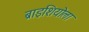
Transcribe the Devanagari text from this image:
ब्राइशियोला